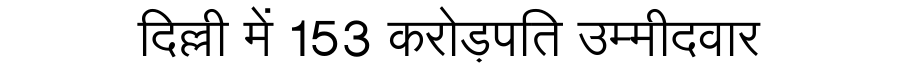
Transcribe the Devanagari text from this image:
दिल्ली में 153 करोड़पति उम्मीदवार